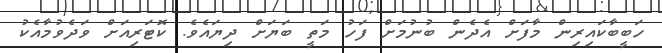
ހަބީބާކައިރިން މާފަށް އެދެން ބުނުމަށް ފަހު މަތީ ބަޔަށް ދިޔައެވެ. ކޮޓަރިއަށް ވަދެވުމާއެކު